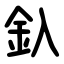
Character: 釞